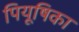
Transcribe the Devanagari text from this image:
पियूषिका